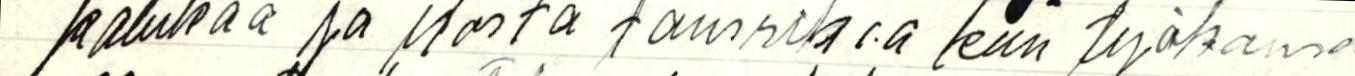
katukaa ja ilosta tanssikaa kun työkansa